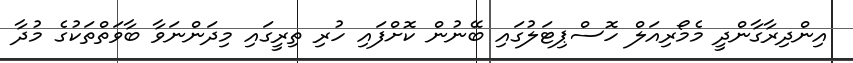
އިންދިރާގާންދީ މެމޯރިއަލް ހޮސްޕިޓަލުގައި ބޭނުން ކޮށްފައި ހުރި ތިރީގައި މިދަންނަވާ ބާވަތްތަކުގެ މުދާ